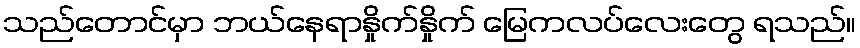
သည်တောင်မှာ ဘယ်နေရာနှိုက်နှိုက် မြေကလပ်လေးတွေ ရသည်။